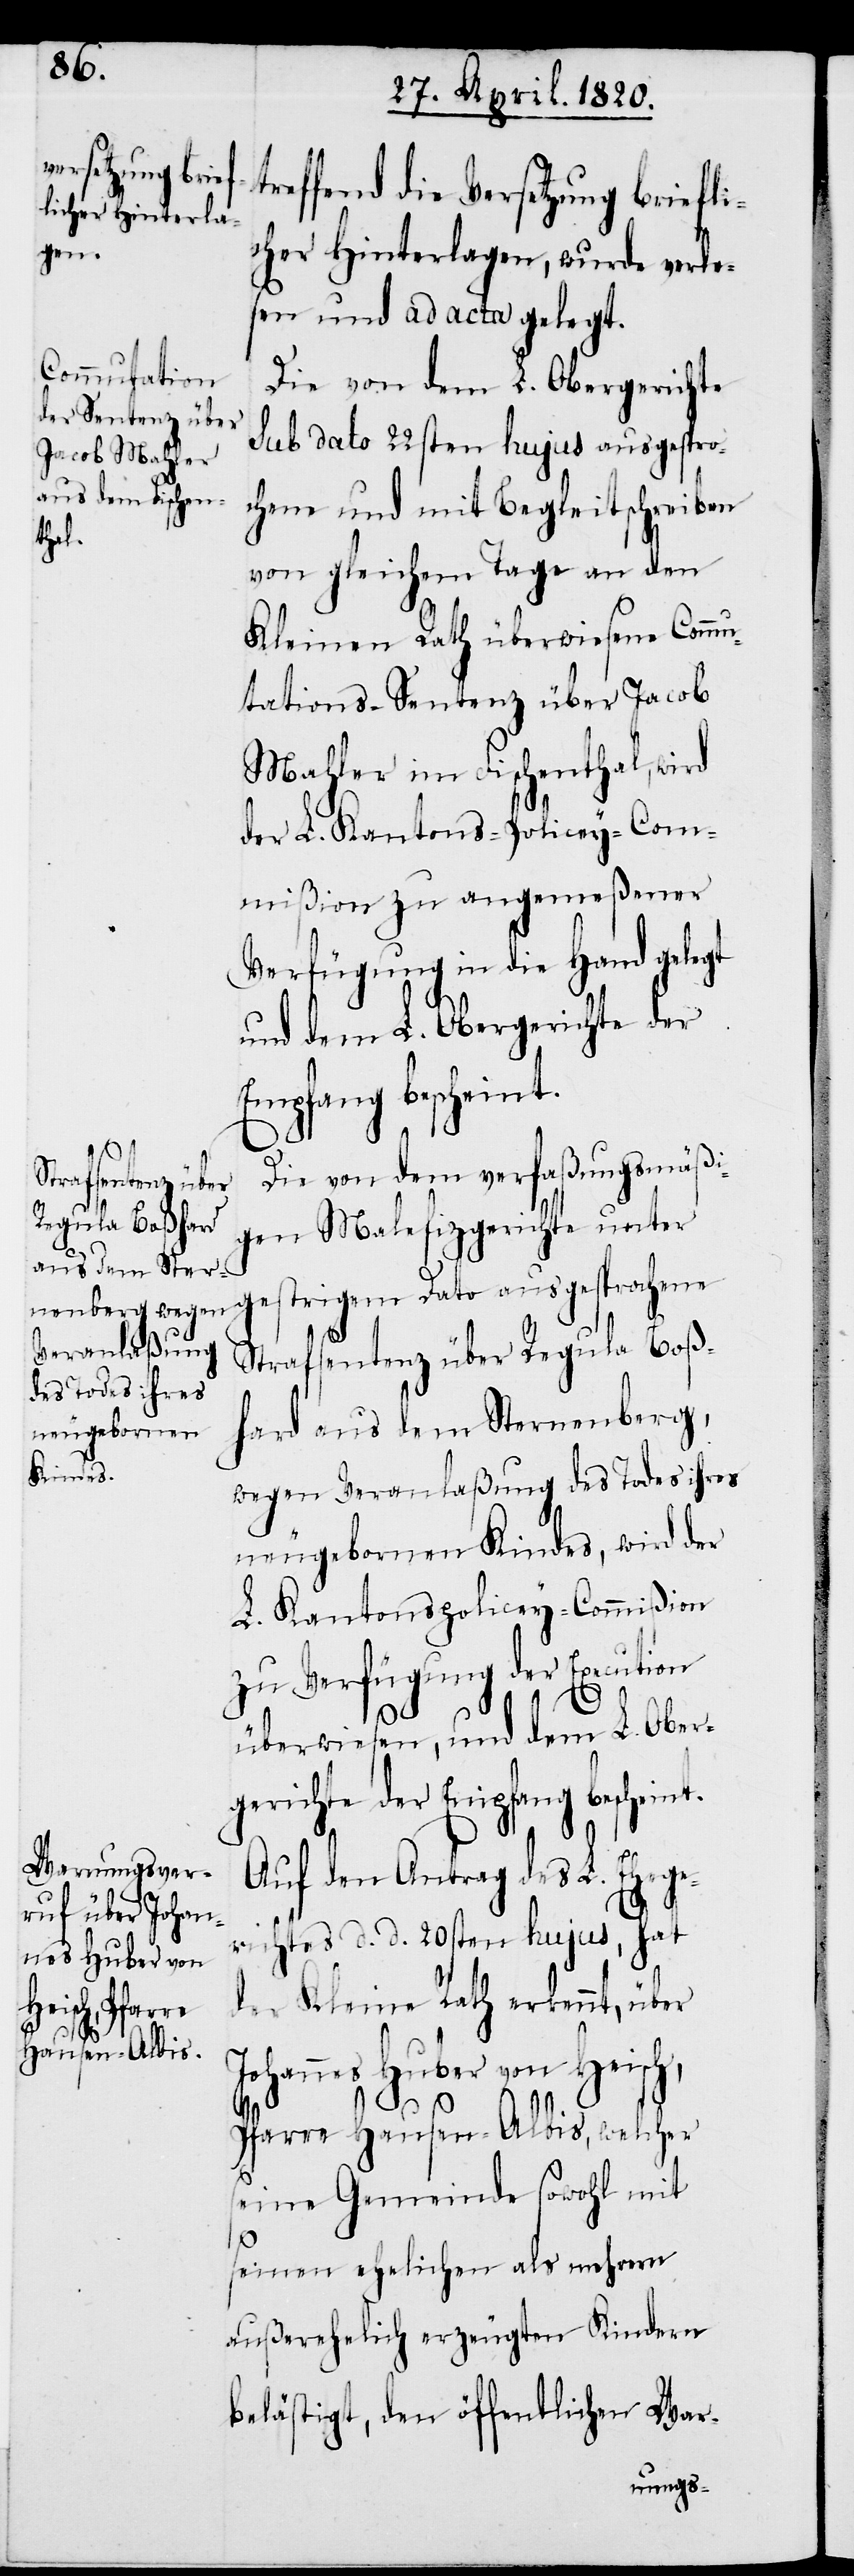
treffend die Versetzung briefli¬
cher Hinterlagen, wurde verle¬
sen und ad acta gelegt.
Die von dem L. Obergerichte
Sub dato 22sten hujus ausgespro¬
chene und mit Begleitschreiben
von gleichem Tage an den
Kleinen Rath überwiesene Commu¬
tations-Sentenz über Jacob
Mahler im Fischenthal, wird
der L. Kantons-Policey-Com¬
mißion zu angemeßener
Verfügung in die Hand gelegt
und dem L. Obergericht der
Empfang bescheint.
Die von dem verfaßungsmäßi¬
gen Malefizgerichte unter
gestrigem Dato ausgesprochene
Strafsentenz über Regula Boß¬
hard aus dem Sternenberg,
wegen Veranlaßung des Todes ihres
neugebornen Kindes, wird der
L. Kantonspolicey-Commißion
zu Verfügung der Execution
überweisen, und dem L. Ober¬
gerichte der Empfang bescheint.
Auf den Antrag des L. Ehege¬
richtes d. d. 20sten hujus, hat
der Kleine Rath erkennt, über
Johannes Huber von Heisch,
Pfarre Hausen-Albis, welcher
seine Gemeinde sowohl mit
seinen ehelichen als mehrern
außerehelich erzeugten Kindern
belästigt, den öffentlichen War-